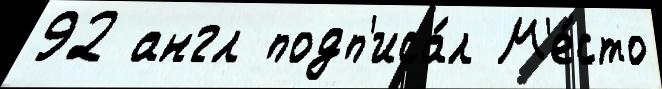
92 англ подп'иса́л М'е́сто